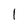
Character: l